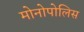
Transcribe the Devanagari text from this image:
मोनोपोलिस